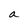
Character: a